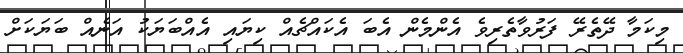
މިކަމާ ދޭތެރޭ ފަރުވާތެރިވެ އެންމެން އެބަ އެކައްޗެއް ކިޔައި އެއްބަޔަކު އަނެއް ބަޔަކަށް